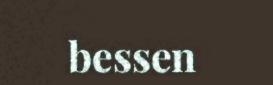
bessen